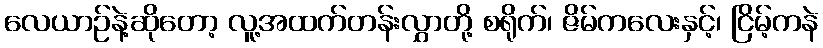
လေယာဉ်နဲ့ဆိုတော့ လူ့အထက်တန်းလွှာတို့ စရိုက်၊ ဇိမ်ကလေးနှင့်၊ ငြိမ့်ကနဲ